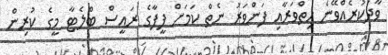
ވާދަކުރެއްވޭނެ ހިތްވަރާއި ފަންވަރު ނެތް ކަމަށް ފީފާގެ ރައީސް ބްލެޓާ މީގެ ކުރިން